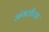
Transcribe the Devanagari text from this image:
अंगठीच्या